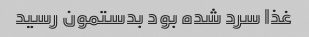
غذا سرد شده بود بدستمون رسید